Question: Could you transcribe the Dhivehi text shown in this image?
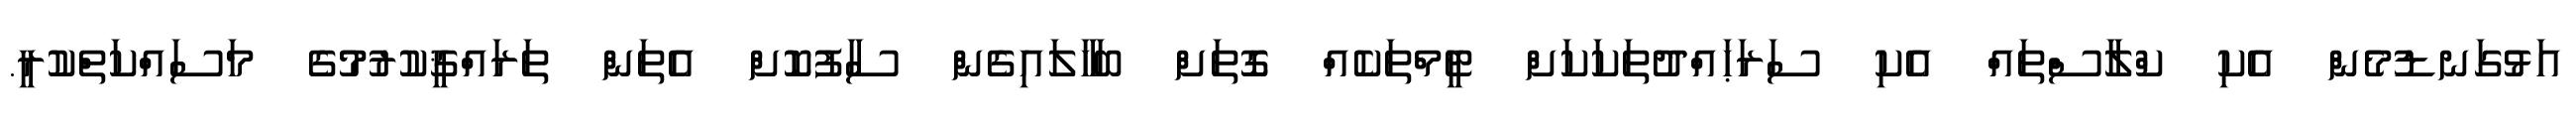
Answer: އަޅުގަނޑުމެން އެކި ކްލާސްތައް އެކި ސަރަޙައްދުތަކަކަށް ޓީމްތަކެއް ގޮތަށް ބަހާލައިގެން ސާފުކޮށް އެތަން ތަރައްޤީކުރުމުގެ މަސައްކަތްކުރީ.